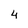
Character: 4